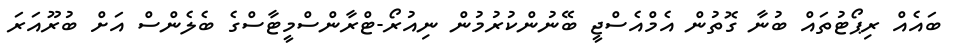
ބައެއް ރިޕޯޓުތައް ބުނާ ގޮތުން އެމްއެސްޖީ ބޭނުންކުރުމުން ނިއުރޯ-ޓްރާންސްމީޓާސްގެ ބެލެންސް އަށް ބުރޫއަރަ